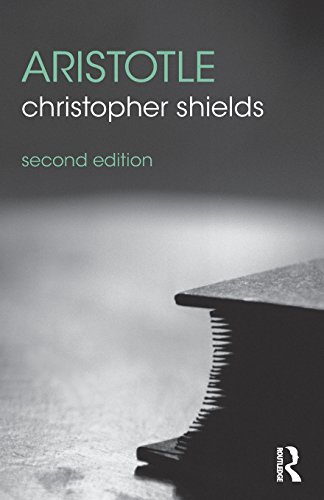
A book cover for Aristotle (The Routledge Philosophers); Christopher Shields; Politics & Social Sciences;